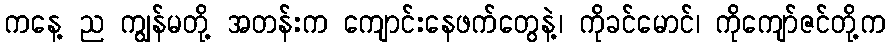
ကနေ့ ည ကျွန်မတို့ အတန်းက ကျောင်းနေဖက်တွေနဲ့၊ ကိုခင်မောင်၊ ကိုကျော်ဇင်တို့က